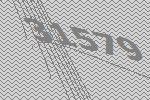
31579